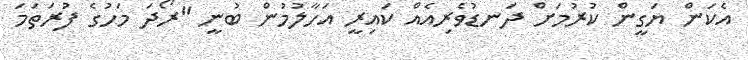
އެކަން ޔަގީން ކުރުމަށް ދަނޑުވެރިއެއް ކައިރީ އަހާލުމުން ބުނީ "ރޯދަ މަހުގެ ފުރަތަމަ